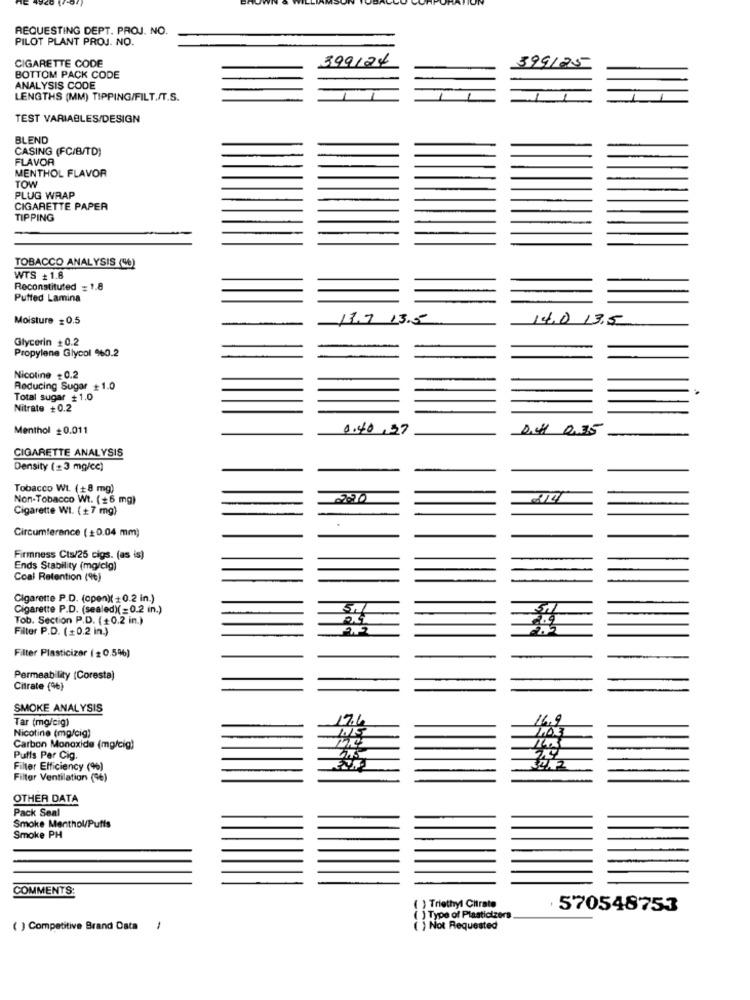
REQUESTING DEPT. PROJ. NO.
PILOT PLANT PROJ. NO.
CIGARETTE CODE
399124
399125
BOTTOM PACK CODE
ANALYSIS CODE
LENGTHS (MM) TIPPING/FILT./T.S.
TEST VARIABLES/DESIGN
BLEND
CASING (FC/B/TD)
FLAVOR
MENTHOL FLAVOR
TOW
PLUG WRAP
CIGARETTE PAPER
TIPPING
TOBACCO ANALYSIS (0)
WTS # 1.8
Reconstituted = 1.8
Puffed Lamina
Moisture = 0.5
13.7 13.5
14.0 13.5
Glycerin +0.2
Propylene Glycol 9%0.2
Nicoline - 0.2
Reducing Sugar +1.0
Total sugar +1.0
Nitrate +0.2
Menthol +0.011
0,40,37
D.C 2.35
CIGARETTE ANALYSIS
Density (2 3 mg/cc)
Tobacco WL (+8 mg)
Non-Tobacco Wt. (+6 mg)
Cigarette WI. (+7 mg)
Circumference (+0.04 mm)
Firmness Cts/25 cigs. (as is)
Ends Stability (mg/cig)
Coal Retention (%)
Cigarette P.D. (open)( +0.2 in.)
Cigarette P.D. (sealed)(=0.2 in.)
Tob. Section P.D. (+0.2 in.)
Filter P.D. (+0.2 in.)
2.5
Filter Plasticizer ( 20.5%)
Permeability (Coresta)
Citrate (%6)
SMOKE ANALYSIS
Tar (mg/cig)
17.6
Nicotine (mg/cig)
Carbon Monoxide (mg/cig)
Puffs Par Cig.
Filter Efficiency (%)
Filter Ventilation (9%)
OTHER DATA
Pack Seal
Smoke Menthol/Puffs
Smoke PH
COMMENTS:
( ) Triethyl Citrate
570548753
( ) Type of Plasticizers
( ) Competitive Brand Data
-
( ) Not Requested